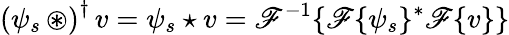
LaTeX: \left(\psi_{s}\, \circledast\right)^{\dagger}\, v=\psi_{s}\star v=\mathscr{F}^{-1}\{ \mathscr{F}\{ \psi_{s}\} ^{*}\mathscr{F}\{ v\} \}